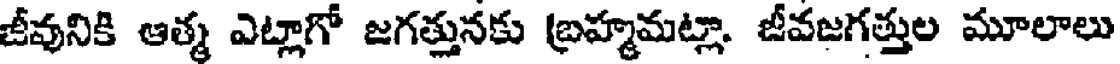
జీవునికి ఆత్మ ఎట్లాగో జగత్తునకు బ్రహ్మమట్లా. జీవజగత్తుల మూలాలు